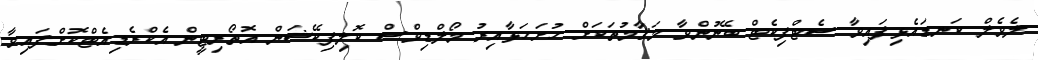
ލެވެލް ކަނޑައެޅިފައިވާ ސެޓްފިކެޓް ބޭނުންވާ މަޤާމުތަކަށް ހުށަހަޅާއިރު މޯލްޑިވްސް ކޮލިފިކޭޝަން އޮތޯރިޓީން އެކްރެޑިއެޓްކޮށްފައިވާ